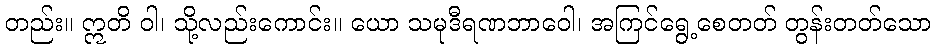
တည်း။ ဣတိ ဝါ၊ သို့လည်းကောင်း။ ယော သမုဒီရဏဘာဝေါ၊ အကြင်ရွေ့စေတတ် တွန်းတတ်သော